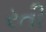
રતી